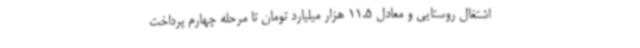
اشتغال روستایی و معادل 11.5 هزار میلیارد تومان تا مرحله چهارم پرداخت